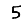
Digit: 5